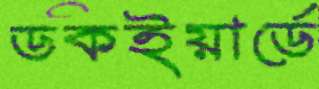
ডকইয়ার্ডে